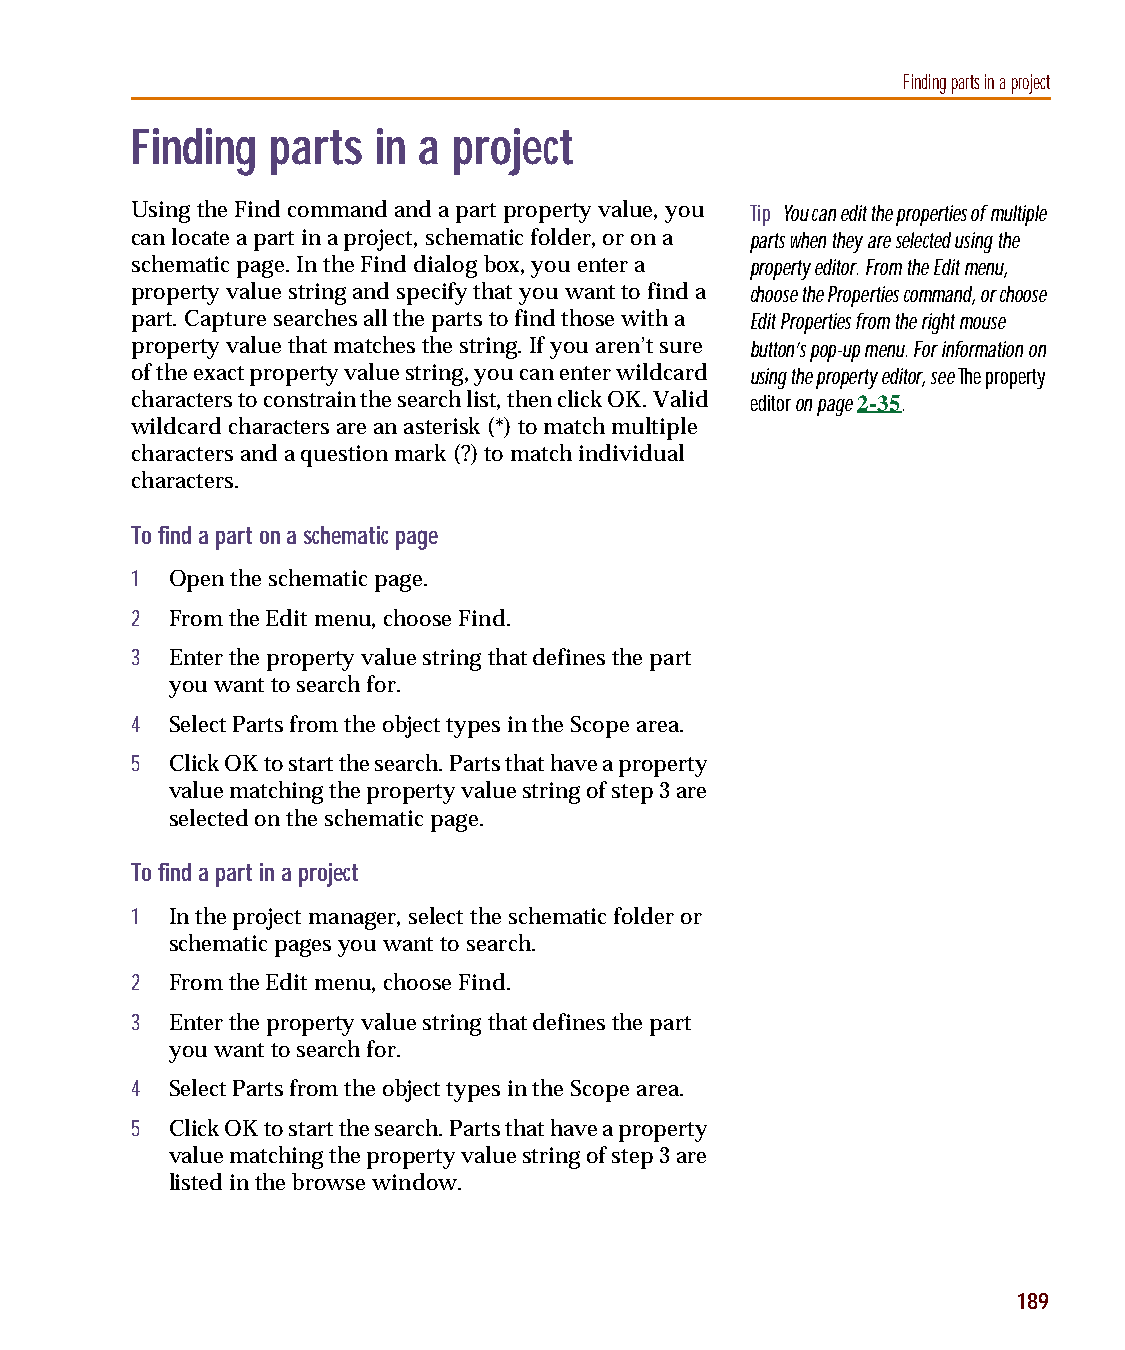
capug.book Page 189 Thursday, November 12, 1998 3:38 PM
 Finding parts in a project
 Finding  parts  in a project
 Using the Find command and a part property value, you Tip You can edit the properties of multiple
 can locate a part in a project, schematic folder, or on a parts when they are selected using the
 schematic page. In the Find dialog box, you enter a property editor. From the Edit menu,
 property value string and specify that you want to find a choose the Properties command, or choose
 part. Capture searches all the parts to find those with a Edit Properties from the right mouse
 property value that matches the string. If you aren’t sure button’s pop-up menu. For information on
 of the exact property value string, you can enter wildcard using the property editor, see The property
 characters to constrain the search list, then click OK. Valid editor on page 2-35.
 wildcard characters are an asterisk (*) to match multiple
 characters and a question mark (?) to match individual
 characters.
 To find a part on a schematic page
 1 Open the schematic page.
 2 From the Edit menu, choose Find.
 3 Enter the property value string that defines the part
 you want to search for.
 4 Select Parts from the object types in the Scope area.
 5 Click OK to start the search. Parts that have a property
 value matching the property value string of step 3 are
 selected on the schematic page.
 To find a part in a project
 1 In the project manager, select the schematic folder or
 schematic pages you want to search.
 2 From the Edit menu, choose Find.
 3 Enter the property value string that defines the part
 you want to search for.
 4 Select Parts from the object types in the Scope area.
 5 Click OK to start the search. Parts that have a property
 value matching the property value string of step 3 are
 listed in the browse window.
 189